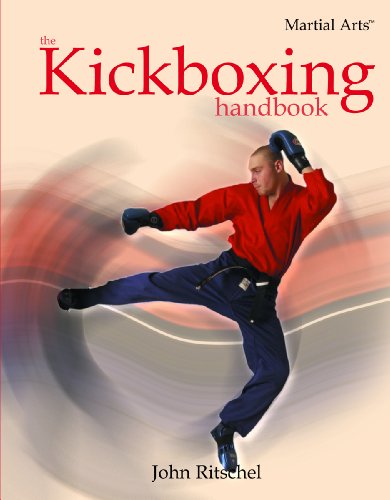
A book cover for The Kickboxing Handbook (Martial Arts (Rosen)); John Ritschel; Teen & Young Adult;